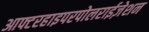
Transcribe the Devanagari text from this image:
आफ्टरहाइपरपोलराईज़ेशन